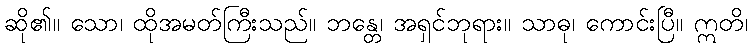
ဆို၏။ သော၊ ထိုအမတ်ကြီးသည်။ ဘန္တေ၊ အရှင်ဘုရား။ သာဓု၊ ကောင်းပြီ။ ဣတိ၊